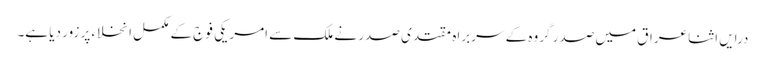
درایں اثنا عراق میں صدر گروہ کے سربراہ مقتدی صدر نے ملک سے امریکی فوج کے مکمل انخلاء پر زور دیا ہے۔